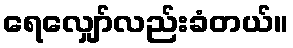
ရေလျှော်လည်းခံတယ်။